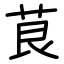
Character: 茛